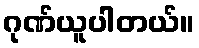
ဂုဏ်ယူပါတယ်။